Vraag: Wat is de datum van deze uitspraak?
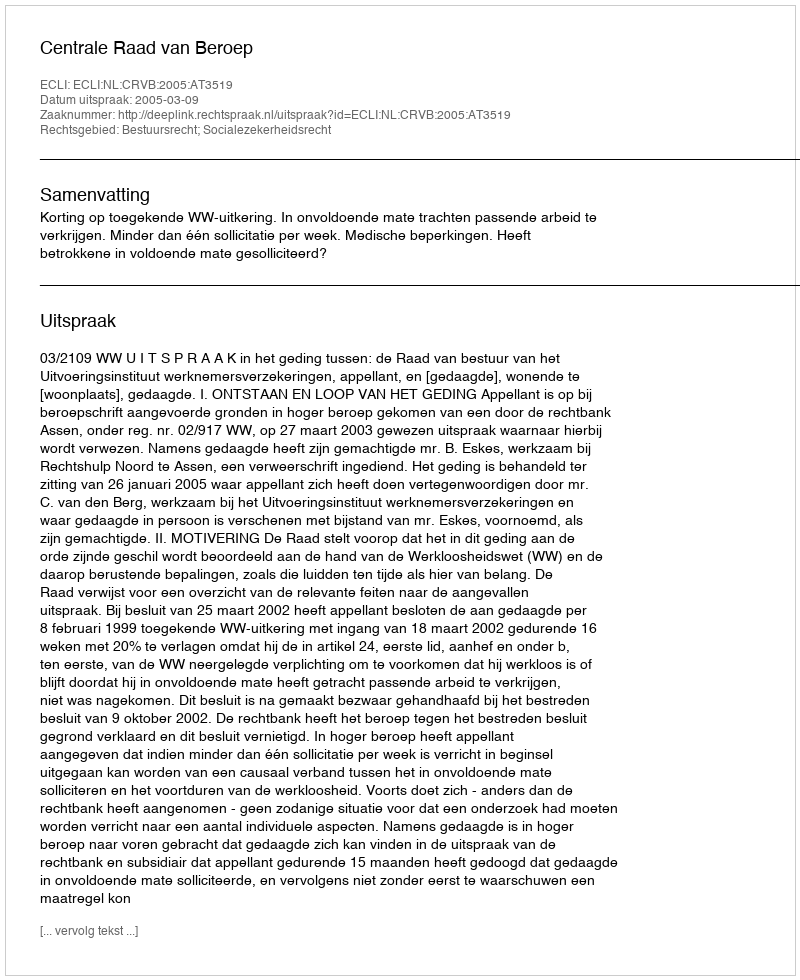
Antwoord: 2005-03-09